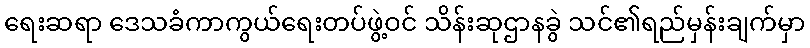
ရေးဆရာ ဒေသခံကာကွယ်ရေးတပ်ဖွဲ့ဝင် သိန်းဆုဌာနခွဲ သင်၏ရည်မှန်းချက်မှာ